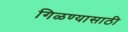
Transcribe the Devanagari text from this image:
गिळण्यासाठी